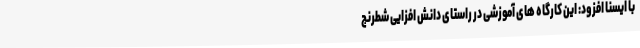
با ایسنا افزود: این کارگاه های آموزشی در راستای دانش افزایی شطرنج